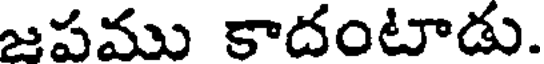
జపము కాదంటాడు.